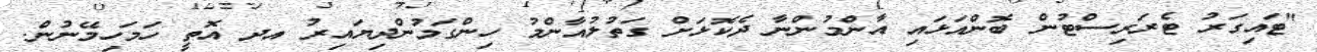
"ޓައިގަރު ޓެރަރިސްޓުން ބޮންއަޅައި އާންމުންނާ ދެކޮޅަށް ގަތުލުއާންމު ހިންގަމުންދިޔައިރު އދ އޮތީ ހަމަހިމޭނުން.